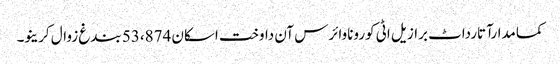
کمامدارآتارداٹ برازیل اٹی کوروناوائرس آن داوخت اسکان 53،874 بندغ زوال کرینو۔